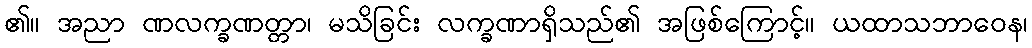
၏။ အညာ ဏလက္ခဏတ္တာ၊ မသိခြင်း လက္ခဏာရှိသည်၏ အဖြစ်ကြောင့်။ ယထာသဘာဝေန၊